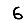
Digit: 6